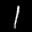
Label: 1